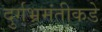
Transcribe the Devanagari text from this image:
दुर्गभ्रमंतीकडे